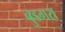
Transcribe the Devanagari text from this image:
बुडगरा